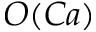
O ( C a )